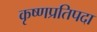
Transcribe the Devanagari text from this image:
कृष्णप्रतिपदा